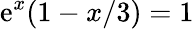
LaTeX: \mathrm{e}^{x}(1-x/3)=1